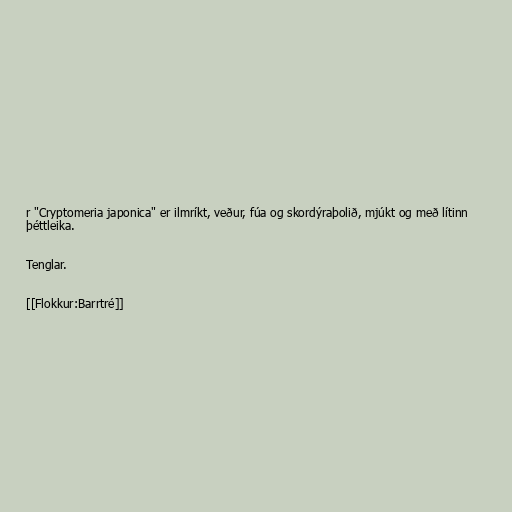
r "Cryptomeria japonica" er ilmríkt, veður, fúa og skordýraþolið, mjúkt og með lítinn
þéttleika.

Tenglar.

[[Flokkur:Barrtré]]